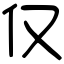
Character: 仅